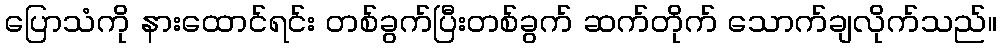
ပြောသံကို နားထောင်ရင်း တစ်ခွက်ပြီးတစ်ခွက် ဆက်တိုက် သောက်ချလိုက်သည်။